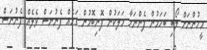
މީހުންނަށް ލޯބި ބަހަމުން ފެންނަހާ މަލަކުން ފޮނިބޮމުން ގަހެއް ފެނުނަސް ވެލެއް ފެނުނަސް